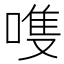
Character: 𫫊